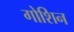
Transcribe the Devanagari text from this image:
गोशिन